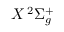
X \, ^ { 2 } \Sigma _ { g } ^ { + }